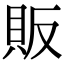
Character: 販